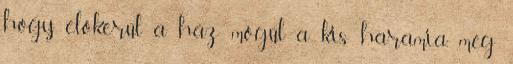
hogy előkerül a ház mögül a kis haramia, még